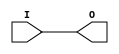
module IBUF_LVCMOS12 (O, I);

    output O;

    input  I;

	buf B1 (O, I);


endmodule